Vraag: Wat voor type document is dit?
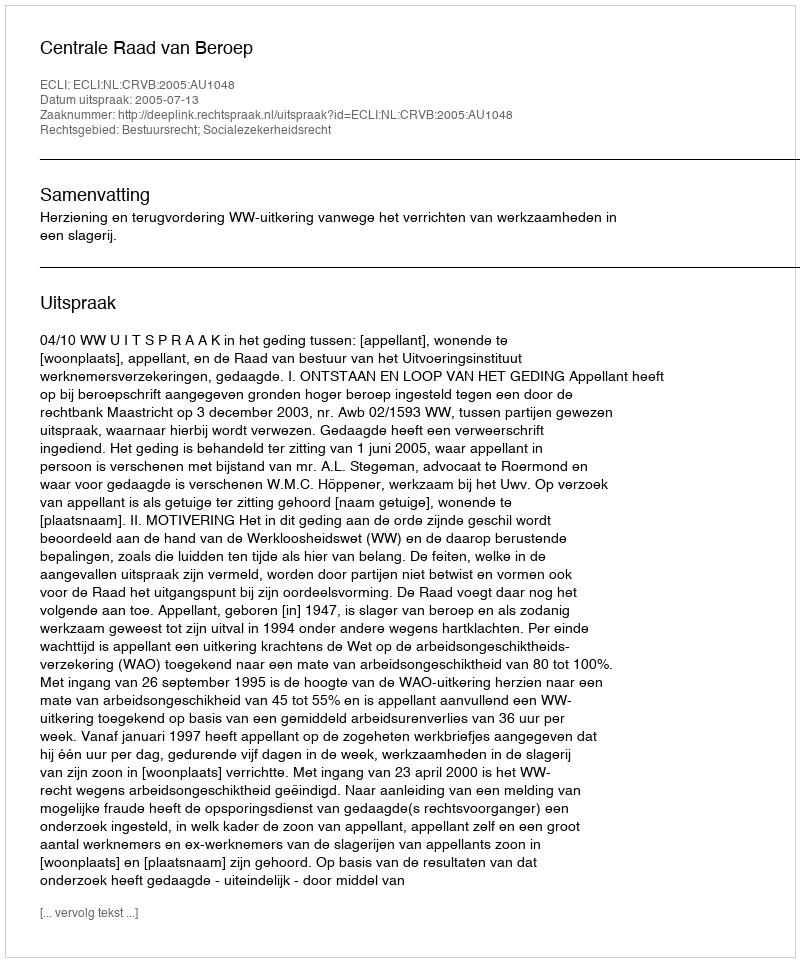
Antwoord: Uitspraak